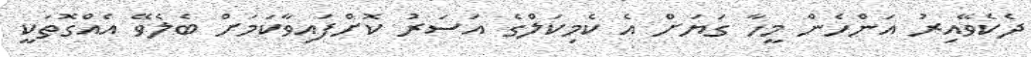
ދެކެވޭއިރު އަންހެން މީހާ ގަޔަށް އެ ކެމިކަލްގެ އަސަރު ކޮށްފައިވާކަމަށް ބެލެވޭ އެއްގޮތަކީ